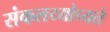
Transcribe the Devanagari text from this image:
संकलय्योच्यते